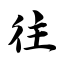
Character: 往